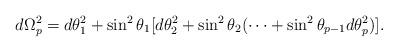
LaTeX: \begin{align*}d\Omega^2_p=d\theta^2_1+\sin^2\theta_1[d\theta^2_2+\sin^2\theta_2(\cdots+\sin^2\theta_{p-1}d\theta^2_p)].\end{align*}